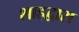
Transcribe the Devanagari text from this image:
शाहद्वारा